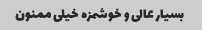
بسیار عالی و خوشمزه خیلی ممنون